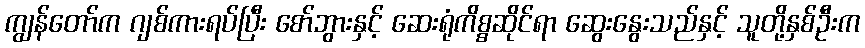
ကျွန်တော်က ဂျစ်ကားရပ်ပြီး စော်ဘွားနှင့် ဆေးရုံကိစ္စဆိုင်ရာ ဆွေးနွေးသည်နှင့် သူတို့နှစ်ဦးက